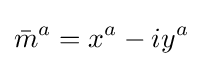
{\bar {m}}^{a}=x^{a}-iy^{a}